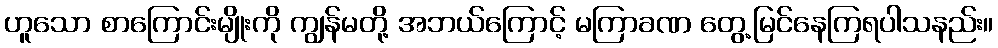
ဟူသော စာကြောင်းမျိုးကို ကျွန်မတို့ အဘယ်ကြောင့် မကြာခဏ တွေ့မြင်နေကြရပါသနည်း။